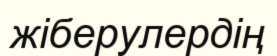
жіберулердің